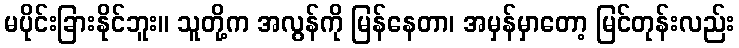
မပိုင်းခြားနိုင်ဘူး။ သူတို့က အလွန်ကို မြန်နေတာ၊ အမှန်မှာတော့ မြင်တုန်းလည်း